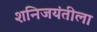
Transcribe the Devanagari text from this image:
शनिजयंतीला